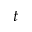
t